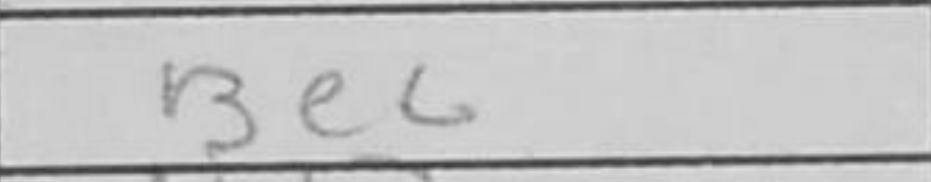
Transcription: Be6